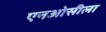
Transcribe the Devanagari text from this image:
एनओसीला